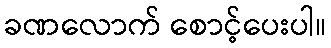
ခဏလောက် စောင့်ပေးပါ။